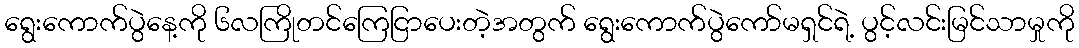
ရွေးကောက်ပွဲနေ့ကို ၆လကြိုတင်ကြေငြာပေးတဲ့အတွက် ရွေးကောက်ပွဲကော်မရှင်ရဲ့ ပွင့်လင်းမြင်သာမှုကို